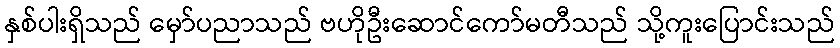
နှစ်ပါးရှိသည် မှော်ပညာသည် ဗဟိုဦးဆောင်ကော်မတီသည် သို့ကူးပြောင်းသည်